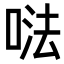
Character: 𠵽